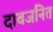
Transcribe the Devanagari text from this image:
दाबजनित